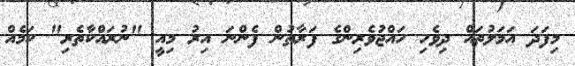
މިފަދަ އަމަލުތައް ދިވެހި ހައްޖުވެރިންގެ ފަރާތުން ފެންނަ އިރު މިއީ "ނުރައްކާތެރި" ކަމެއް